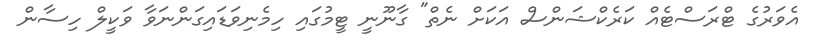
އެވަރުގެ ޓްރަސްޓެއް ކަރެކްޝަންސް އަކަށް ނެތް" ގާނޫނީ ޓީމުގައި ހިމެނިވަޑައިގަންނަވާ ވަކީލް ހިސާން